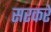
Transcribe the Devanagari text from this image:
सरकरें